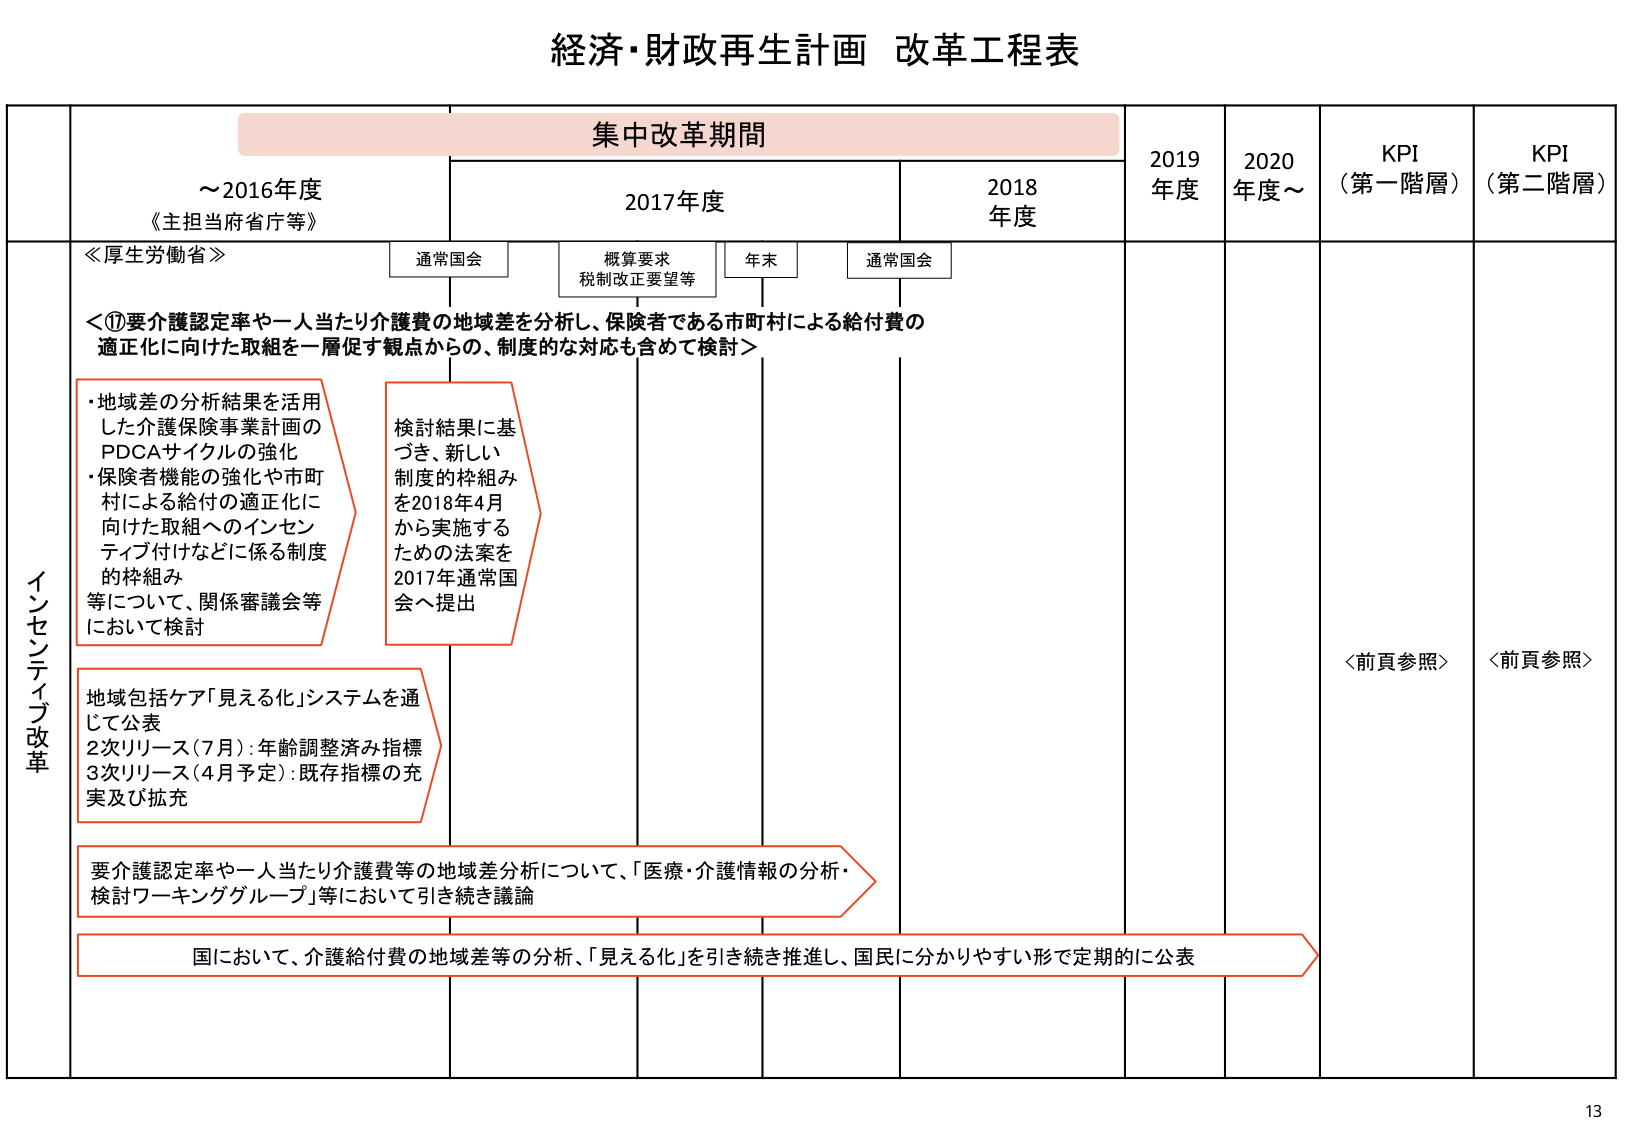
経済・財政再生計画 改革工程表

集中改革期間

～2016年度
《主担当府省庁等》

2017年度

2018年度

2019年度

2020年度～

KPI
（第一階層）

KPI
（第二階層）

≪厚生労働省≫

通常国会

概算要求
税制改正要望等

年末

通常国会

＜①要介護認定率や一人当たり介護費の地域差を分析し、保険者である市町村による給付費の適正化に向けた取組を一層促す観点からの、制度的な対応も含めて検討＞

・地域差の分析結果を活用した介護保険事業計画のPDCAサイクルの強化
・保険者機能の強化や市町村による給付の適正化に向けた取組へのインセンティブ付けなどに係る制度的枠組み等について、関係審議会等において検討

検討結果に基づき、新しい制度の枠組みを2018年4月から実施するための法案を2017年通常国会へ提出

地域包括ケア「見える化」システムを通じて公表
2次リリース（7月）：年齢調整済み指標
3次リリース（4月予定）：既存指標の充実及び拡充

要介護認定率や一人当たり介護費等の地域差分析について、「医療・介護情報の分析・検討ワーキンググループ」等において引き続き議論

国において、介護給付費の地域差等の分析、「見える化」を引き続き推進し、国民に分かりやすい形で定期的に公表

＜前頁参照＞

＜前頁参照＞

インセンティブ改革

13